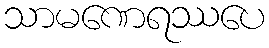
သာမဏေရဿပေ